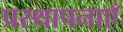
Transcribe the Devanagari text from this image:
प्रस्थापनाएँ